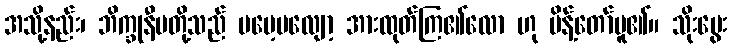
အသို့နည်း၊ ဘိက္ခုနီမတို့သည် မမေ့မလျော့ အားထုတ်ကြ၏လော ဟု မိန့်တော်မူ၏။ သိုးမွေး